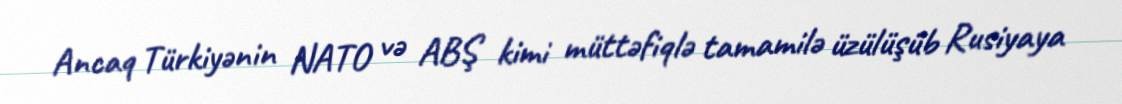
Ancaq Türkiyənin NATO və ABŞ kimi müttəfiqlə tamamilə üzülüşüb Rusiyaya